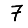
Digit: 7